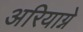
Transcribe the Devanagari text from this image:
अरियाग्ने